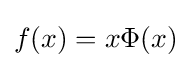
f(x)=x\Phi (x)